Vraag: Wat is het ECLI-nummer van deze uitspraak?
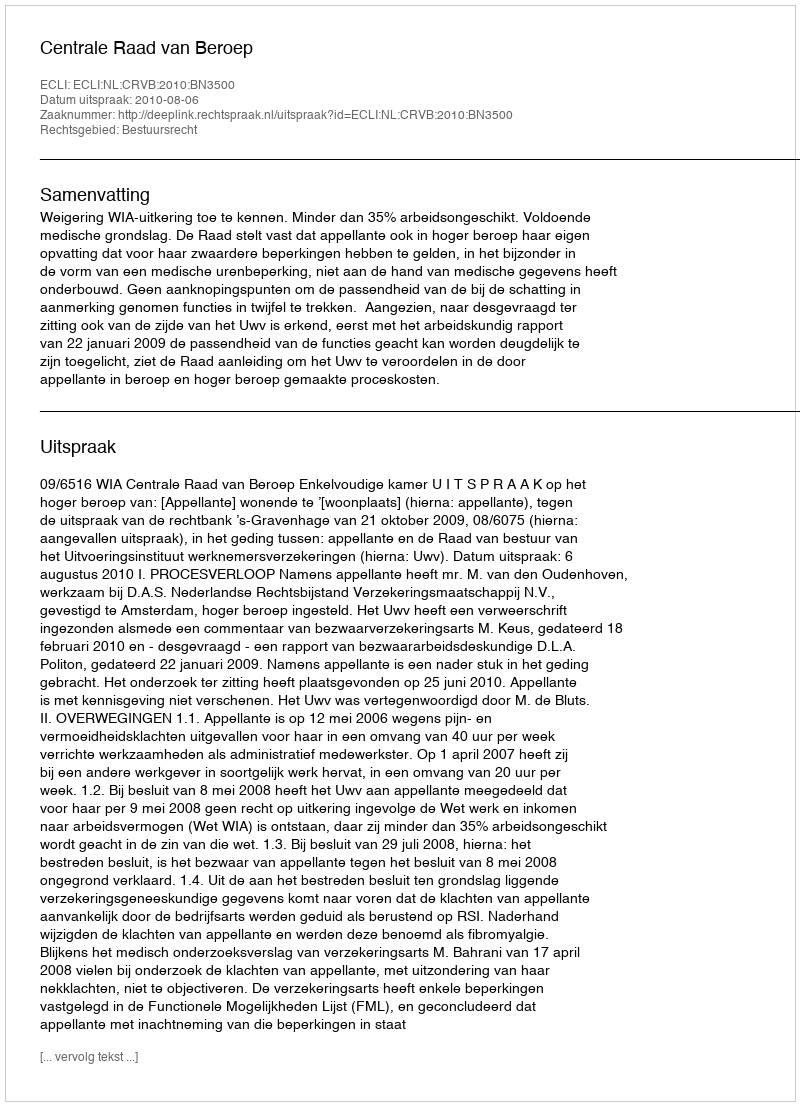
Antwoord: ECLI:NL:CRVB:2010:BN3500